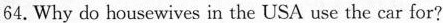
64.Why do housewives in the USA use the car for?